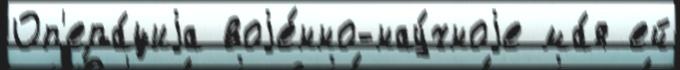
Оп'ера́циjа воjе́нно-нау́чноjе ма́я ей